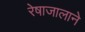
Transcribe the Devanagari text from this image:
रेषाजालाने